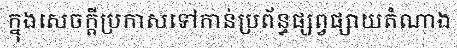
ក្នុងសេចក្តីប្រកាសទៅកាន់ប្រព័ន្ធផ្សព្វផ្សាយតំណាង